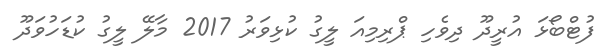
ފުޓްބޯޅަ އުރީދޫ ދިވެހި ޕްރިމިއަ ލީގު ކުޅިވަރު 2017 މާލޭ ލީގު ކުޑަހުވަދޫ